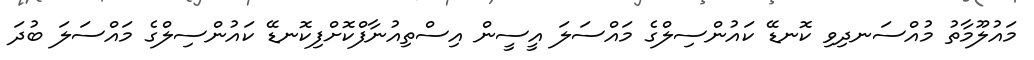
މައުލޫމާތު މުއްސަނދިވި ކޮނޑޭ ކައުންސިލްގެ މައްސަލަ އީސީން އިސްތިއުނާފްކޮށްފިކޮނޑޭ ކައުންސިލްގެ މައްސަލަ ބުދަ